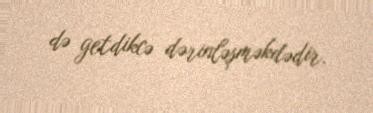
də getdikcə dərinləşməkdədir.